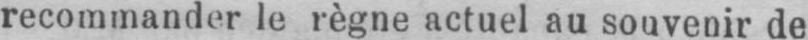
recommander le règne actuel au souvenir de